system: You are a helpful assistant.
user:
Analyze the provided spectrum to determine if it is a **"Cataclysmic Variables (CV)"**.

- **Key Indicators for CV (Check for either state):**
    - **State 1: Quiescent / Low-State (Emission-Dominated)**
        - **(Primary):** Strong and *very broad* Hydrogen Balmer emission lines (e.g., $H\alpha$ at 6563 Å, $H\beta$ at 4861 Å). The 'broadness' (high velocity dispersion, often FWHM > 1000 km/s) is the key diagnostic, indicating a high-velocity accretion disk.
        - **(Secondary):** Broad neutral Helium (He I) emission lines (e.g., 5876 Å, 6678 Å).
        - **(Key Confirmation):** Presence of high-excitation *ionized* Helium (He II) emission at 4686 Å. This is a strong indicator of accretion onto a white dwarf.
        - **(Line Profile):** Emission lines may exhibit a 'double-peaked' profile, which is a classic signature of a rotating accretion disk viewed at high inclination.

    - **State 2: Outburst / High-State (Absorption-Dominated)**
        - **(Primary):** Spectrum is dominated by a bright, blue continuum (looks like a hot star).
        - **(Secondary):** The emission lines from State 1 are weak, absent, or 'filled in', and are replaced by broad, shallow *absorption* lines (primarily Balmer and He I).
        - **(Morphology):** The overall spectrum mimics a hot B/A-type star. The crucial difference is that the absorption lines are significantly broader, shallower, and more 'washed-out' (or 'smeared') than the sharp lines of a normal stellar photosphere, due to high rotational speeds and pressure broadening in the disk.

Think first, call **spectral_visualization_tool** if needed to examine features in detail, then provide your final answer. Your response must adhere to the following strict rules:
1.  **Overall Structure:** Your response must follow the format `<think>...</think> <tool_call>...</tool_call> (if a tool is used) <answer>...</answer>`.
2.  **Tool Usage Constraint:** You may only make **one** tool call per turn.
3.  **Final Answer Format:** In the `<answer>` tag, your conclusion must be inside a `\boxed{}` command (e.g., `\boxed{YES}`), followed by your justification.

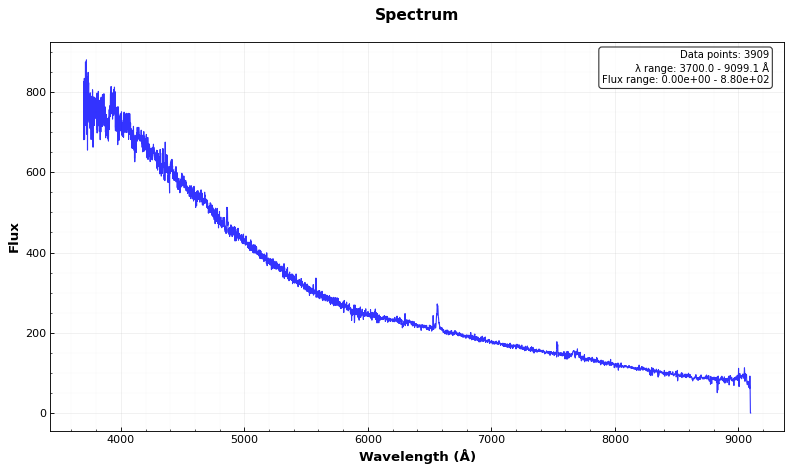
Answer: YES